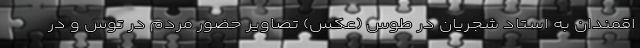
اقمندان به استاد شجریان در طوس (عکس) تصاویر حضور مردم در توس و در